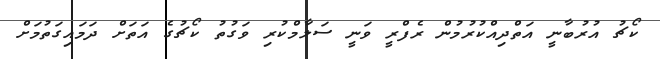
ކޯޗު އުރުބާނީ އަތްދިއްކުރުމުން ރެފްރީ ވަނީ ސަލާމްކުރި ވަގުތު ކޯޗުގެ އަތަށް ދަމައިގަތުމަށް